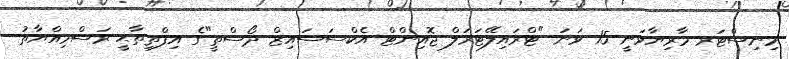
މިނިސްޓަރ މާރިޔާވަނީ 15 ވަނަ "ޓްރައިލޭޓަރަލް ޖޮއިންޓް އެކްސަސައިޒް ދޯސްތީ"ގެ އިފްތިތާޙީ ރަސްމިއްޔާތު